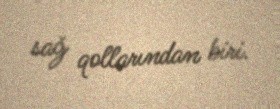
sağ qollarından biri.